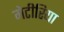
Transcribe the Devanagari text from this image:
मेटीरिया